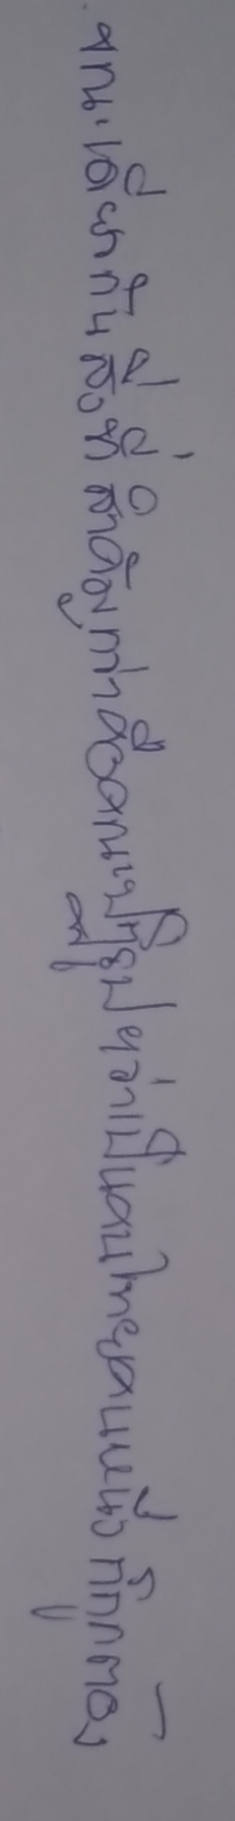
ขณะเดียวกันสิ่งที่สำคัญกว่าคือคณะปฏิรูปฯว่าเป็นคนไทยคนหนึ่งก็ถูกต้อง